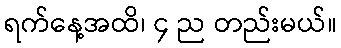
ရက်နေ့အထိ၊ ၄ ည တည်းမယ်။